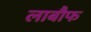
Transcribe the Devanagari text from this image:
लाबौफ